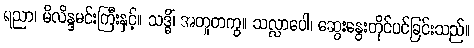
ရညာ၊ မိလိန္ဒမင်းကြီးနှင့်။ သဒ္ဓိံ၊ အတူတကွ။ သလ္လာပေါ၊ ဆွေးနွေးတိုင်ပင်ခြင်းသည်။